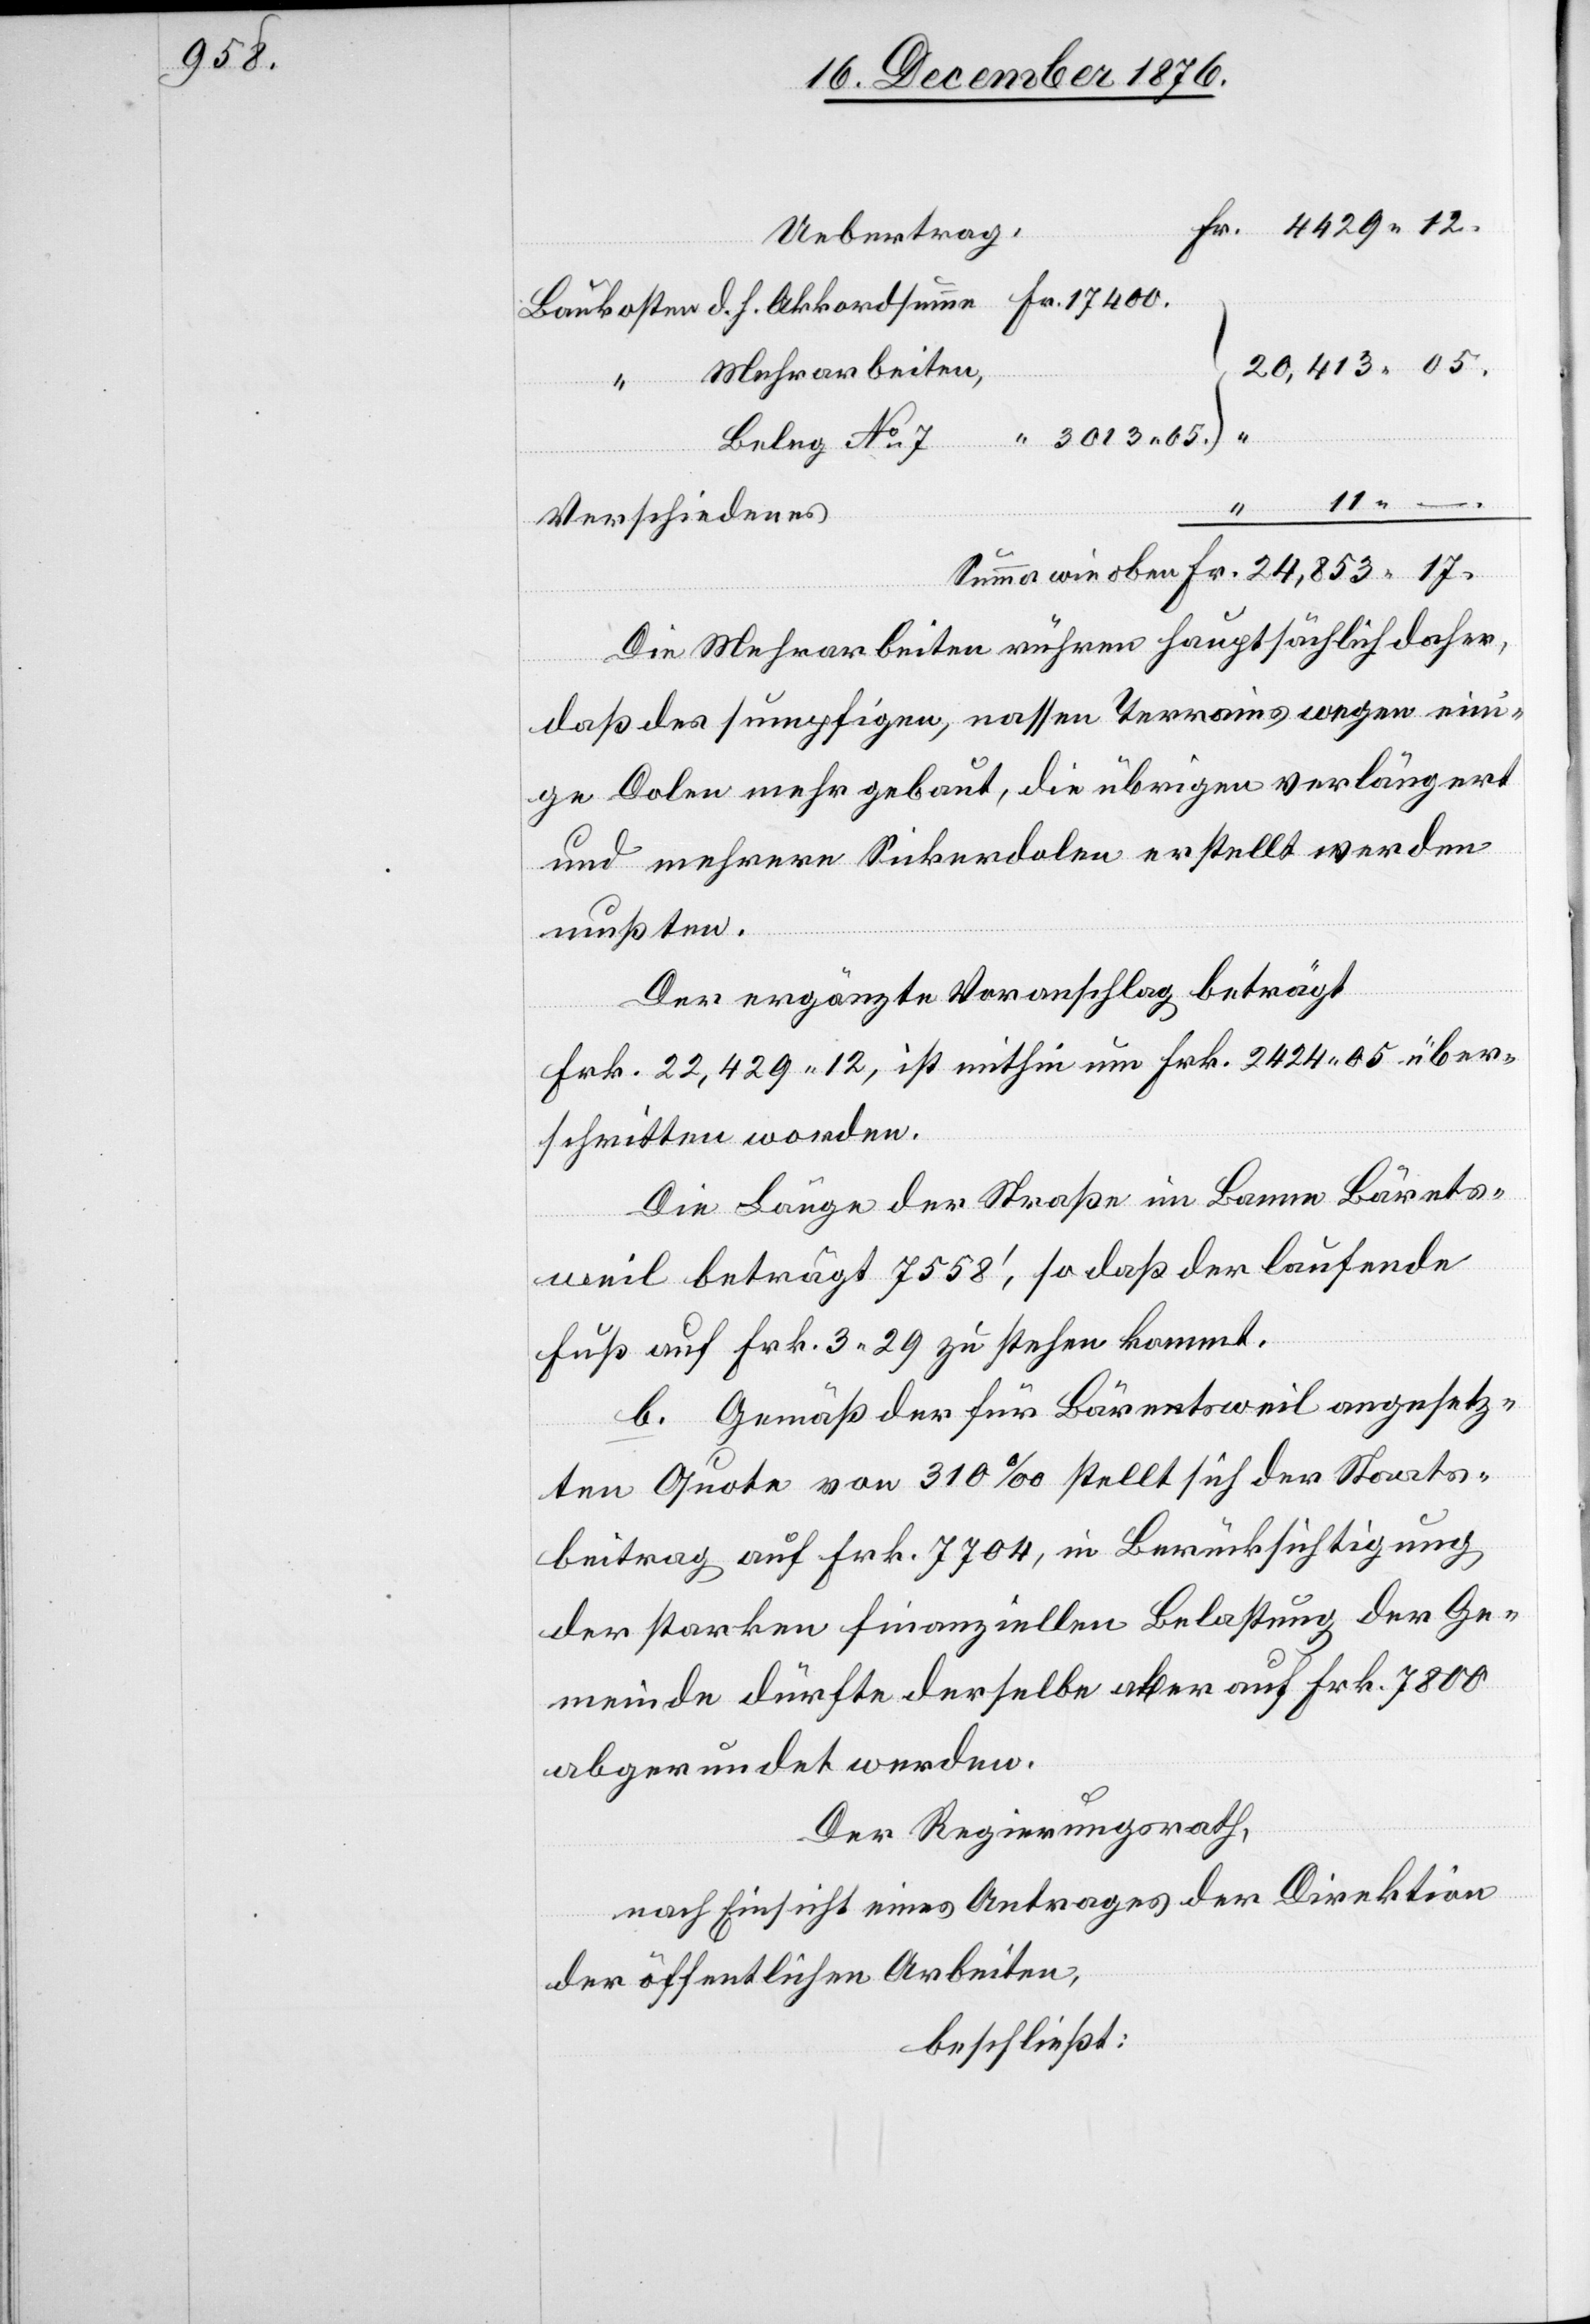
17.

20,413 05.
Mehrarbeiten,
Verschiedenes
Die Mehrarbeiten rühren hauptsächlich daher,
“
daß des sumpfigen, nassen Terrains wegen ein¬
ige Dolen mehr gebaut, die übrigen verlängert
und mehrere Sickerdolen erstellt werden
mußten.
Der ergänzte Voranschlag beträgt
Fr. 22,49 12, ist mithin um Frk. 2424 05 über¬
schritten worden.
Die Länge der Straße im Banne Bärets¬
weil beträgt 7558‘, so daß der laufende
Fuß auf Frk. 3 29 zu stehen kommt.
b. Gemäß der für Bäretsweil angesetz¬
ten Quote von 310‰ stellt sich der Staats¬
beitrag auf Frk. 7704, in Berücksichtigung
der starken finanziellen Belastung der Ge¬
meinde dürfte derselbe aber auf Frk. 7800
abgerundet werden.
Der Regierungsrath,
nach Einsicht eines Antrages der Direktion
der öffentlichen Arbeiten,
beschließt: